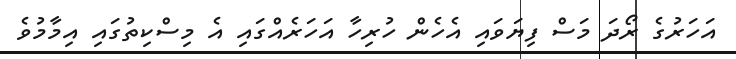
އަހަރުގެ ރޯދަ މަސް ފިޔަވައި އެހެން ހުރިހާ އަހަރެއްގައި އެ މިސްކިތުގައި އިމާމުވެ